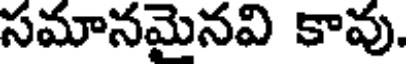
సమానమైనవి కావు.